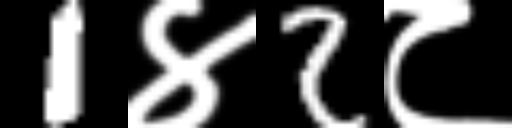
Text: 1४2८